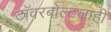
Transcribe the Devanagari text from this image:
टॉवरबोल्टलाही